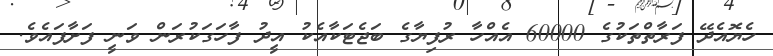
ހެޔޮއެދޭ ފަރާތްތަކުގެ 60000 އެއްހާ ރުފިޔާގެ ބަޖެޓަކާއެކު އީދު ފާހަގަކުރަން ވަނީ ފަށާފައެވެ.